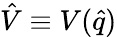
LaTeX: \hat{V}\equiv V(\hat{q})